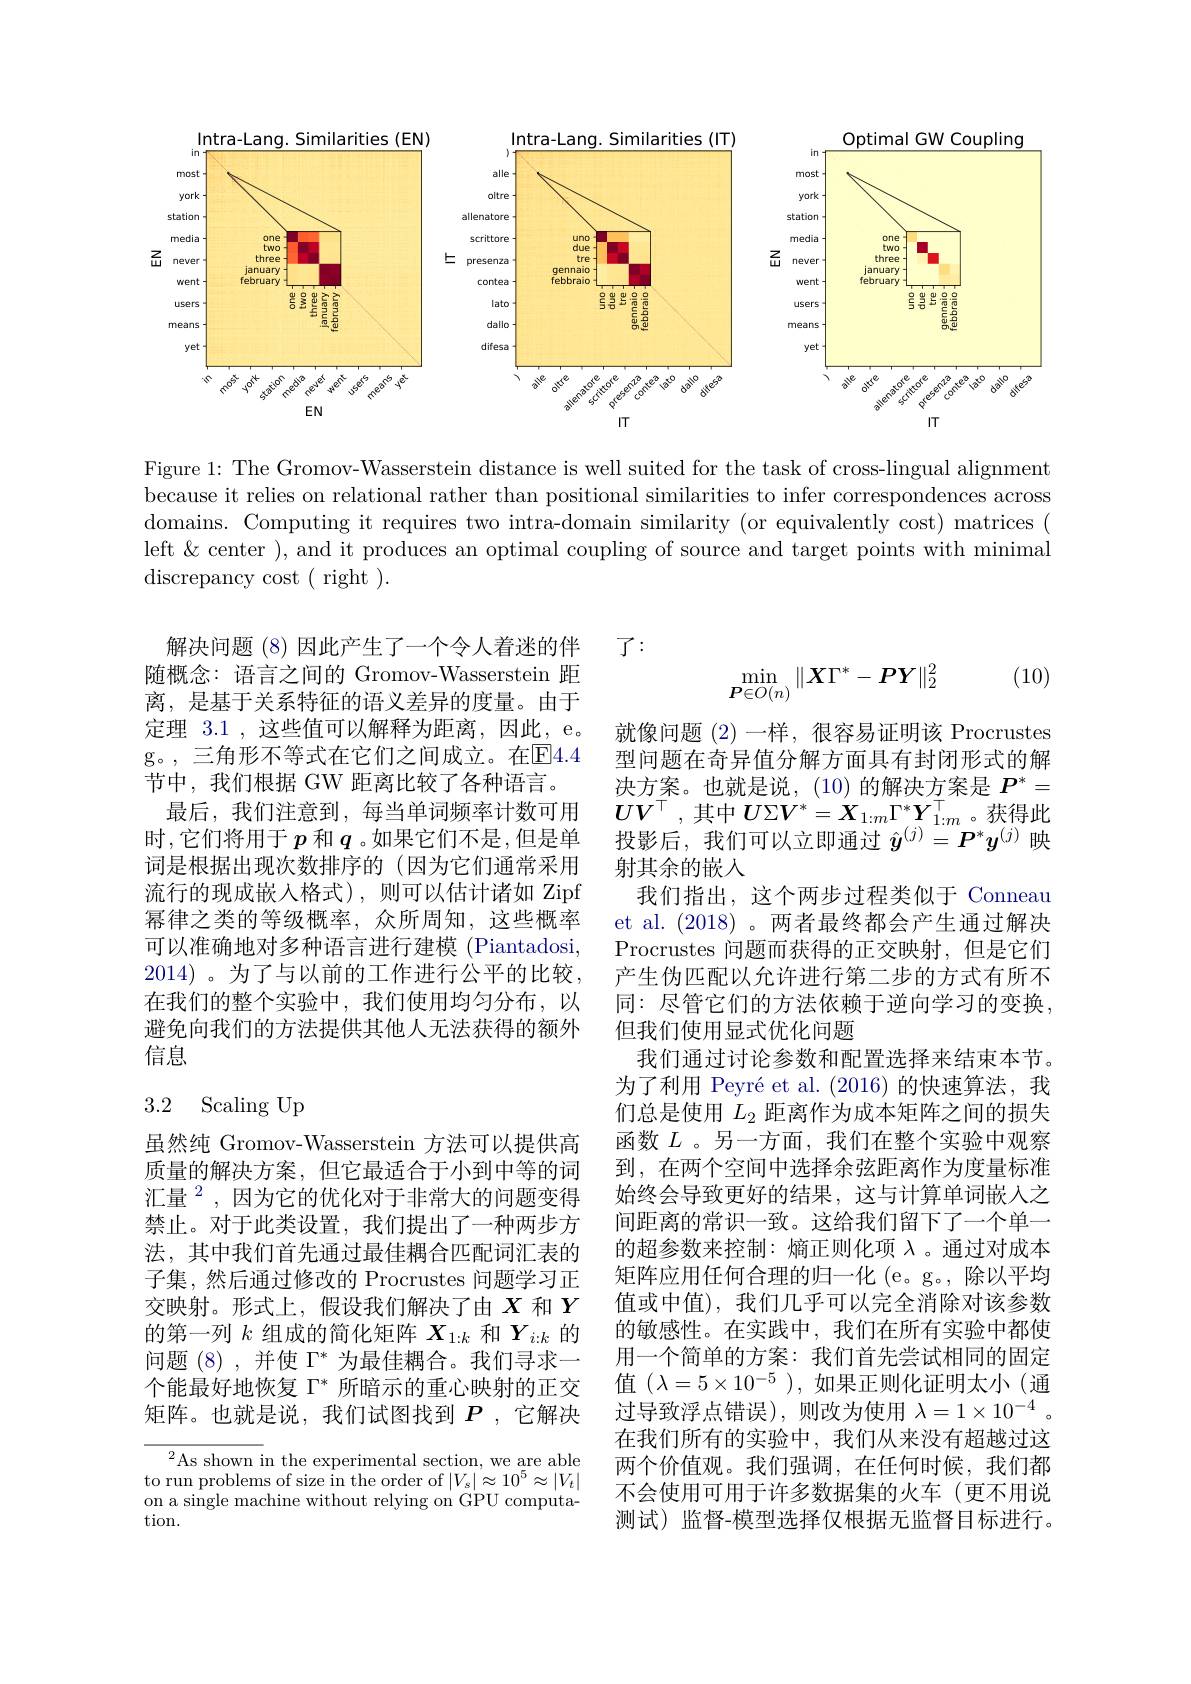
<FigureHere>

Figure 1: The Gromov-Wasserstein distance is well suited for the task of cross-lingual alignment because it relies on relational rather than positional similarities to infer correspondences across domains. Computing it requires two intra-domain similarity (or equivalently cost) matrices ( left &center ), and it produces an optimal coupling of source and target points with minimal discrepancy cost ( right ).

$\vec{J}:$

(10)
$$\min_{\boldsymbol{P}\in O(n)}\|\boldsymbol{X}\Gamma^*-\boldsymbol{P}\boldsymbol{Y}\|_2^2$$
解决问题(8)因此产生了一个令人着迷的伴随概念：语言之间的 Gromov-Wasserstein 距离，是基于关系特征的语义差异的度量。由于定理 3.1 , 这些值可以解释为距离，因此，e。g。,三角形不等式在它们之间成立。在$\mathbb{E}4.4$ 节中，我们根据 GW 距离比较了各种语言。
最后，我们注意到，每当单词频率计数可用时，它们将用于$p$和$q$ 。如果它们不是，但是单词是根据出现次数排序的(因为它们通常采用流行的现成嵌入格式),则可以估计诸如 Zipf 幂律之类的等级概率，众所周知，这些概率可以准确地对多种语言进行建模 (Piantadosi, 2014) 。为了与以前的工作进行公平的比较， 在我们的整个实验中，我们使用均匀分布，以避免向我们的方法提供其他人无法获得的额外信息

## 3.2 Scaling Up

就像问题(2)一样，很容易证明该 Procrustes 型问题在奇异值分解方面具有封闭形式的解决方案。也就是说，(10)的解决方案是$P^*=$ $UV^\top$,其中$U\Sigma V^*=\boldsymbol{X}_1:m\Gamma^*\boldsymbol{Y}_{1:m}^\top$。获得此投影后，我们可以立即通过$\hat{y}^{(j)}=P^*y^{(j)}$映射其余的嵌人
我们指出，这个两步过程类似于 Conneau et al. (2018) 。两者最终都会产生通过解决Procrustes 问题而获得的正交映射，但是它们产生伪匹配以允许进行第二步的方式有所不同：尽管它们的方法依赖于逆向学习的变换， 但我们使用显式优化问题
我们通过讨论参数和配置选择来结束本节。为了利用 Peyré et al.(2016)的快速算法，我们总是使用$L_2$距离作为成本矩阵之间的损失函数$L$ 。另一方面，我们在整个实验中观察到，在两个空间中选择余弦距离作为度量标准始终会导致更好的结果，这与计算单词嵌入之间距离的常识一致。这给我们留下了一个单一的超参数来控制：熵正则化项$\lambda$ 。通过对成本矩阵应用任何合理的归一化 (e。g。, 除以平均值或中值),我们几乎可以完全消除对该参数的敏感性。在实践中，我们在所有实验中都使用一个简单的方案：我们首先尝试相同的固定值$(\lambda=5\times10^{-5})$,如果正则化证明太小(通过导致浮点错误),则改为使用$\lambda=1\times10^{-4}$ 。在我们所有的实验中，我们从来没有超越过这两个价值观。我们强调，在任何时候，我们都不会使用可用于许多数据集的火车(更不用说测试)监督-模型选择仅根据无监督目标进行。

虽然纯 Gromov-Wasserstein 方法可以提供高质量的解决方案，但它最适合于小到中等的词汇量$^{2}$,因为它的优化对于非常大的问题变得禁止。对于此类设置，我们提出了一种两步方法，其中我们首先通过最佳耦合匹配词汇表的子集，然后通过修改的 Procrustes 问题学习正交映射。形式上，假设我们解决了由$X$和$Y$ 的第一列$k$组成的简化矩阵$X_1:k$和$Y_{i:k}$的问题(8),并使$\Gamma^*$为最佳耦合。我们寻求一个能最好地恢复$\Gamma^*$所暗示的重心映射的正交矩阵。也就是说，我们试图找到$P$ ,它解决

${}^{2}$As shown in the experimental section, we are able to run problems of size in the order of $|V_s|^{\prime}\approx10^5\approx|V_t|$ on a single machine without relying on GPU computation.